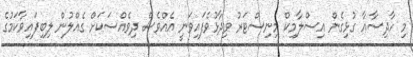
މި ހާދިސާއާ ގުޅިގެން އިސްލާމިކް މިނިސްޓަރު ވިދާޅުވެފައިވަނީ އެއްވެސް ދިވެއްސަކަށް ގެއްލުން ލިބިފައިވާކަމުގެ